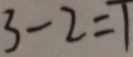
3 - 2 = 1